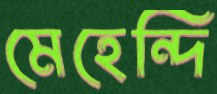
মেহেন্দি